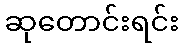
ဆုတောင်းရင်း